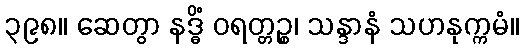
၃၉၈။ ဆေတွာ နဒ္ဓိံ ဝရတ္တဉ္စ၊ သန္ဒာနံ သဟနုက္ကမံ။